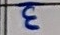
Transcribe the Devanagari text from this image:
३